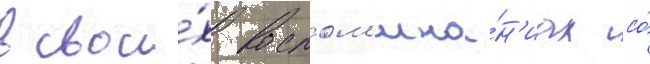
в свои́х воспом'ина́н'иах со́